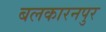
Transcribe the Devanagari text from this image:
बलकारनपुर